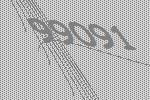
99091